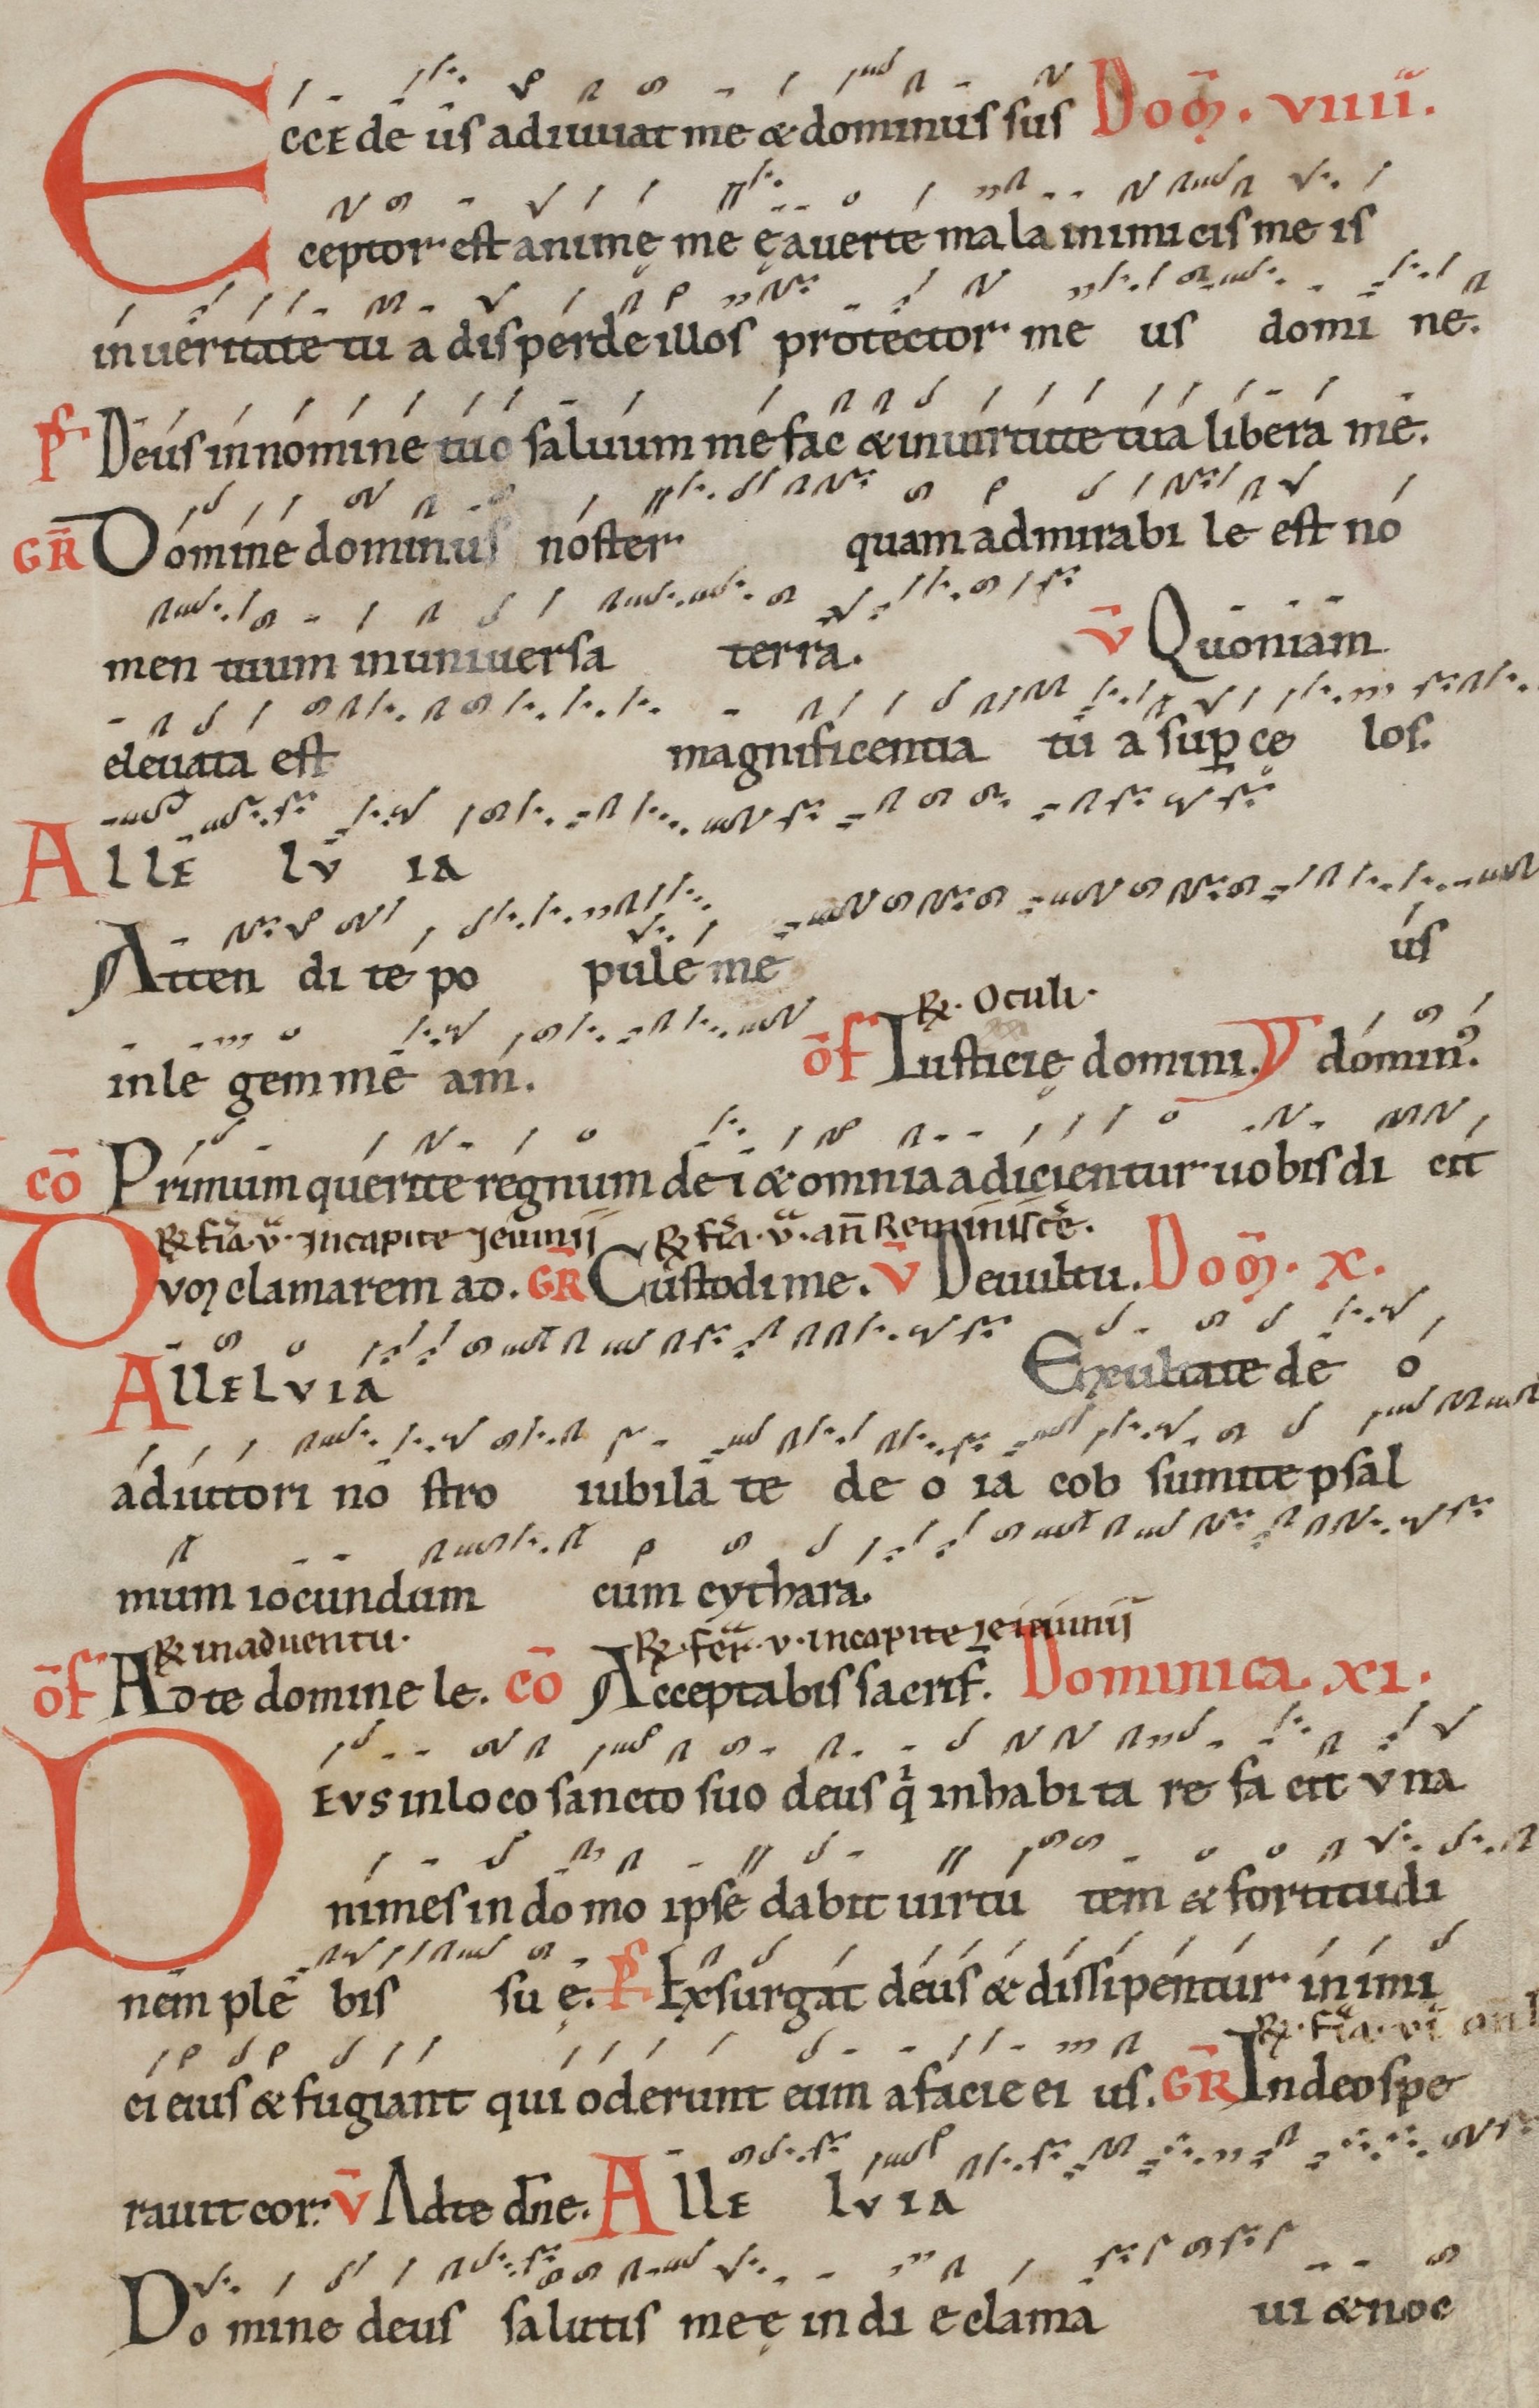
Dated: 1100–1199